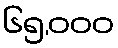
၆၅,၀၀၀